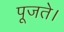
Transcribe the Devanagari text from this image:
पूजते।